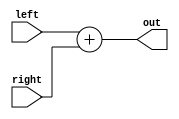
//------------------------------------------------------------+
// Project: Programmable Accelerator
// Module: adder2
// Description:
//		It just adds two inputs
//      
//      
//  
// History: 2022.09.27 by Min-Gyu Park (alsrbok@snu.ac.kr)
//------------------------------------------------------------+
`timescale 1ns / 1ps

module adder2 #(parameter DATA_BITWIDTH         = 16)
              ( input [DATA_BITWIDTH-1:0] left, right,
                output [DATA_BITWIDTH-1:0] out);

    assign out = left + right;

endmodule